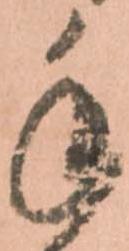
手